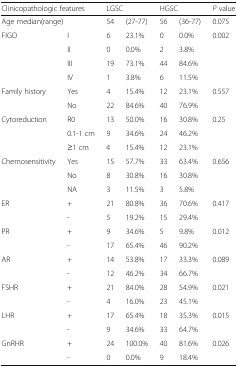
| <COLSPAN=2> Clinicopathologic features | <COLSPAN=2> LGSC | <COLSPAN=2> HGSC | P value |
 | --- | --- | --- | --- | --- | --- | --- |
 | <COLSPAN=2> Age median(range) | 54 | (27-77) | 56 | (36-77) | 0.075 |
 | <ROWSPAN=4> FIGO | I | 6 | 23.1% | 0 | 0.0% | <ROWSPAN=4> 0.002 |
 | II | 0 | 0.0% | 2 | 3.8% |
 | III | 19 | 73.1% | 44 | 84.6% |
 | IV | 1 | 3.8% | 6 | 11.5% |
 | <ROWSPAN=2> Family history | Yes | 4 | 15.4% | 12 | 23.1% | <ROWSPAN=2> 0.557 |
 | No | 22 | 84.6% | 40 | 76.9% |
 | <ROWSPAN=3> Cytoreduction | R0 | 13 | 50.0% | 16 | 30.8% | <ROWSPAN=3> 0.25 |
 | 0.1-1 cm | 9 | 34.6% | 24 | 46.2% |
 | ≥1 cm | 4 | 15.4% | 12 | 23.1% |
 | <ROWSPAN=3> Chemosensitivity | Yes | 15 | 57.7% | 33 | 63.4% | <ROWSPAN=3> 0.656 |
 | No | 8 | 30.8% | 16 | 30.8% |
 | NA | 3 | 11.5% | 3 | 5.8% |
 | <ROWSPAN=2> ER | + | 21 | 80.8% | 36 | 70.6% | <ROWSPAN=2> 0.417 |
 | - | 5 | 19.2% | 15 | 29.4% |
 | <ROWSPAN=2> PR | + | 9 | 34.6% | 5 | 9.8% | <ROWSPAN=2> 0.012 |
 | - | 17 | 65.4% | 46 | 90.2% |
 | <ROWSPAN=2> AR | + | 14 | 53.8% | 17 | 33.3% | <ROWSPAN=2> 0.089 |
 | - | 12 | 46.2% | 34 | 66.7% |
 | <ROWSPAN=2> FSHR | + | 21 | 84.0% | 28 | 54.9% | <ROWSPAN=2> 0.021 |
 | - | 4 | 16.0% | 23 | 45.1% |
 | <ROWSPAN=2> LHR | + | 17 | 65.4% | 18 | 35.3% | <ROWSPAN=2> 0.015 |
 | - | 9 | 34.6% | 33 | 64.7% |
 | <ROWSPAN=2> GnRHR | + | 24 | 100.0% | 40 | 81.6% | <ROWSPAN=2> 0.026 |
 | - | 0 | 0.0% | 9 | 18.4% |